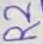
Text: R2